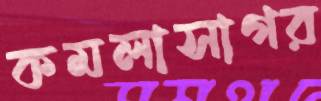
কমলাসাগর